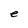
Character: e